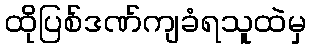
ထိုပြစ်ဒဏ်ကျခံရသူထဲမှ